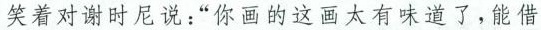
笑着对谢时尼说：“你画的这画太有味道了，能借